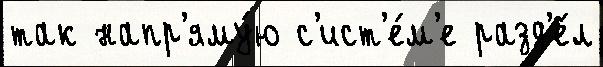
так напр'яму́ю с'ист'е́м'е разд'е́л